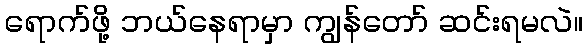
ရောက်ဖို့ ဘယ်နေရာမှာ ကျွန်တော် ဆင်းရမလဲ။